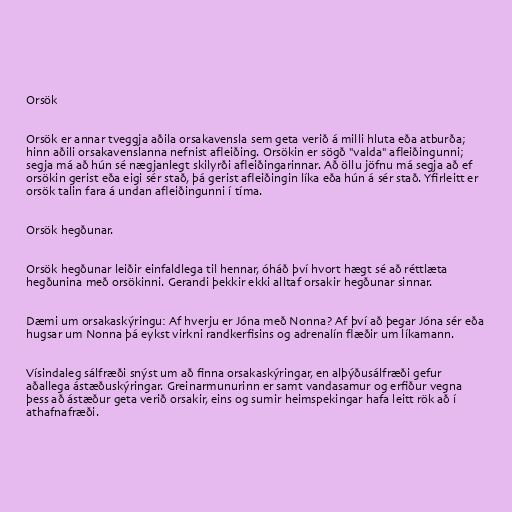
Orsök

Orsök er annar tveggja aðila orsakavensla sem geta verið á milli hluta eða atburða;
hinn aðili orsakavenslanna nefnist afleiðing. Orsökin er sögð "valda" afleiðingunni;
segja má að hún sé nægjanlegt skilyrði afleiðingarinnar. Að öllu jöfnu má segja að ef
orsökin gerist eða eigi sér stað, þá gerist afleiðingin líka eða hún á sér stað. Yfirleitt er
orsök talin fara á undan afleiðingunni í tíma.

Orsök hegðunar.

Orsök hegðunar leiðir einfaldlega til hennar, óháð því hvort hægt sé að réttlæta
hegðunina með orsökinni. Gerandi þekkir ekki alltaf orsakir hegðunar sinnar.

Dæmi um orsakaskýringu: Af hverju er Jóna með Nonna? Af því að þegar Jóna sér eða
hugsar um Nonna þá eykst virkni randkerfisins og adrenalín flæðir um líkamann.

Vísindaleg sálfræði snýst um að finna orsakaskýringar, en alþýðusálfræði gefur
aðallega ástæðuskýringar. Greinarmunurinn er samt vandasamur og erfiður vegna
þess að ástæður geta verið orsakir, eins og sumir heimspekingar hafa leitt rök að í
athafnafræði.